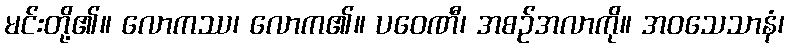
မင်းတို့၏။ လောကဿ၊ လောက၏။ ပဝေဏီ၊ အစဉ်အလာကို။ အဝသေသာနံ၊